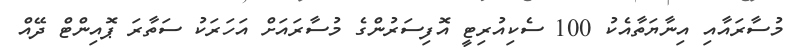
މުސާރައާއި އިނާޔަތާއެކު 100 ސެކިއުރިޓީ އޮފިސަރުންގެ މުސާރައަށް އަހަރަކު ސަތާރަ ޕޮއިންޓް ދޭއް